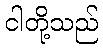
ငါတို့သည်